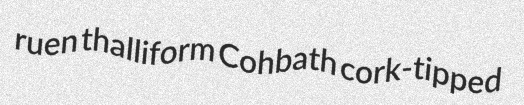
ruen thalliform Cohbath cork-tipped